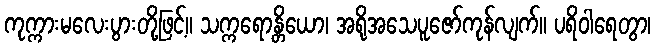
ကုက္ကားမလေးပွားတို့ဖြင့်။ သက္ကရောန္တိယော၊ အရိုအသေပူဇော်ကုန်လျက်။ ပရိဝါရေတွာ၊